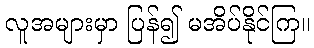
လူအများမှာ ပြန်၍ မအိပ်နိုင်ကြ။